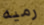
رميه